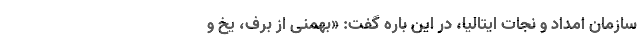
سازمان امداد و نجات ایتالیا، در این باره گفت: «بهمنی از برف، یخ و